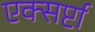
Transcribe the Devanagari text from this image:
एक्सर्प्टा